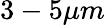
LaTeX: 3-5\mu m